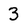
Character: 3